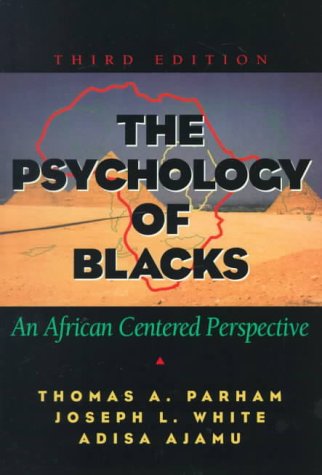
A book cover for The Psychology of Blacks: An African Centered Perspective (3rd Edition); Thomas A. Parham; Medical Books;